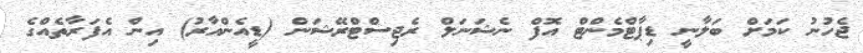
ޖެހުނު ކަމަށް ބަލާނީ ޑިޕާޓްމެންޓް އޮފް ނެޝަނަލް ރެޖިސްޓްރޭޝަން (ޑީއެންއާރު) އިން އެފަރާތެއްގެ